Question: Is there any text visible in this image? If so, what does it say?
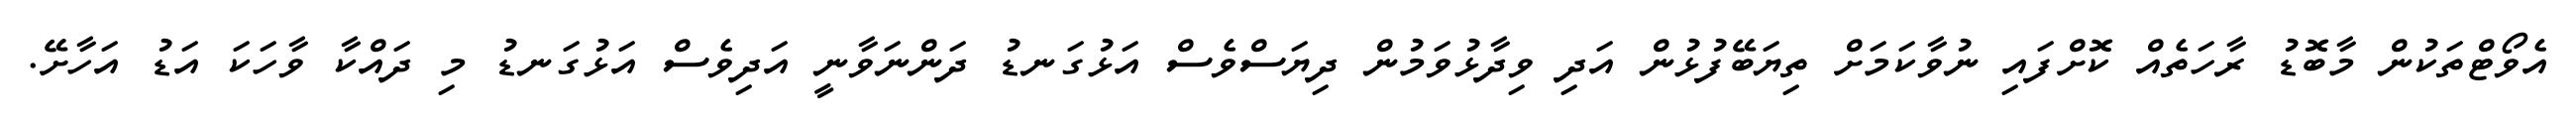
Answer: އެވޯޓްތަކުން މާބޮޑު ރާހަތެއް ކޮށްފައި ނުވާކަމަށް ތިޔަބޭފުޅުން އަދި ވިދާޅުވަމުން ދިޔަސްވެސް އަޅުގަނޑު ދަންނަވާނީ އަދިވެސް އަޅުގަނޑު މި ދައްކާ ވާހަކަ އަޑު އަހާށޭ.